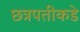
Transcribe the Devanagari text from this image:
छत्रपतीकडे